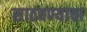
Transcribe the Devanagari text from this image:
साठवण्याचा